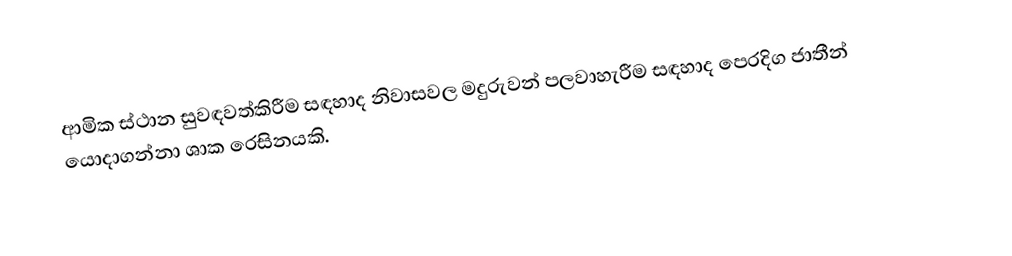
ආමික ස්ථාන සුවඳවත්කිරීම සඳහාද නිවාසවල මදුරුවන් පලවාහැරීම සඳහාද පෙරදිග ජාතීන් යොදාගන්නා ශාක රෙසිනයකි.